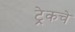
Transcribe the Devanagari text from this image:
ट्रेकचे